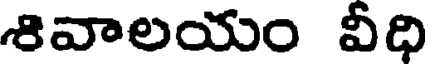
శివాలయం వీధి